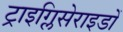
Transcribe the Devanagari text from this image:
ट्राइग्लिसेराइडों